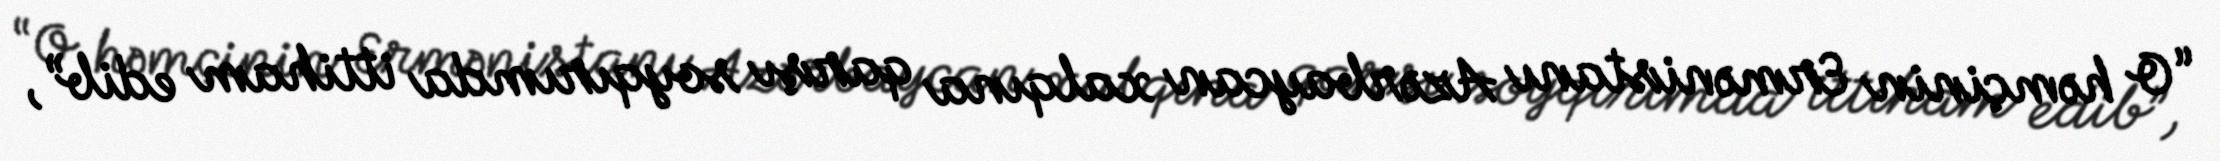
“O həmçinin Ermənistanı Azərbaycan xalqına qarşı soyqırımda ittiham edib”,